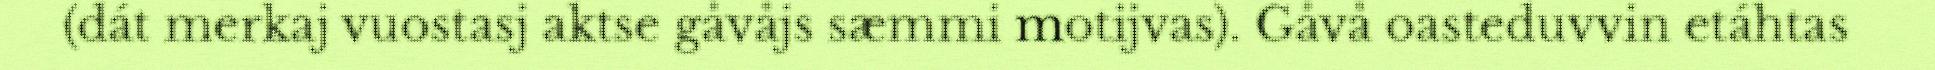
(dát merkaj vuostasj aktse gåvåjs sæmmi motijvas). Gåvå oasteduvvin etáhtas